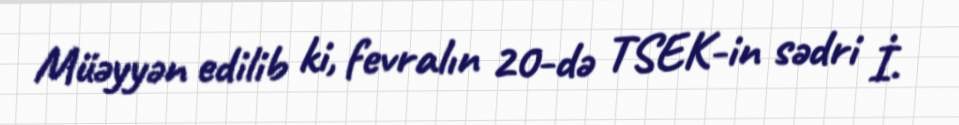
Müəyyən edilib ki, fevralın 20-də TSEK-in sədri İ.